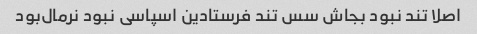
اصلا تند نبود بجاش سس تند فرستادین اسپاسی نبود نرمال‌بود